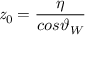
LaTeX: { \it z } _ { 0 } = \frac { \eta } { c o s \vartheta _ { W } }